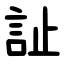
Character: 訨